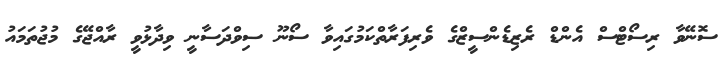
ސޮނޭވާ ރިސޯޓްސް އެންޑް ރެޒިޑެންސީޒްގެ ވެރިފަރާތްކަމުގައިވާ ސޯނޫ ސިވްދަސާނީ ވިދާޅުވީ ރާއްޖޭގެ މުޖުތަމައު